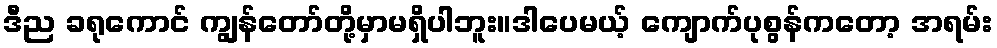
ဒီည ခရုကောင် ကျွန်တော်တို့မှာမရှိပါဘူး။ဒါပေမယ့် ကျောက်ပုစွန်ကတော့ အရမ်း